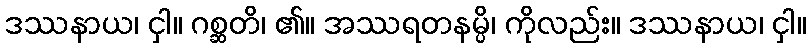
ဒဿနာယ၊ ငှါ။ ဂစ္ဆတိ၊ ၏။ အဿရတနမ္ပိ၊ ကိုလည်း။ ဒဿနာယ၊ ငှါ။